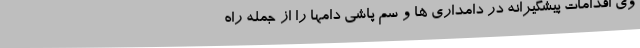
وی اقدامات پیشگیرانه در دامداری ها و سم پاشی دامها را از جمله راه